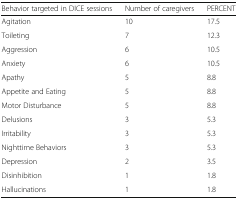
| Behavior targeted in DICE sessions | Number of caregivers | PERCENT |
 | --- | --- | --- |
 | Agitation | 10 | 17.5 |
 | Toileting | 7 | 12.3 |
 | Aggression | 6 | 10.5 |
 | Anxiety | 6 | 10.5 |
 | Apathy | 5 | 8.8 |
 | Appetite and Eating | 5 | 8.8 |
 | Motor Disturbance | 5 | 8.8 |
 | Delusions | 3 | 5.3 |
 | Irritability | 3 | 5.3 |
 | Nighttime Behaviors | 3 | 5.3 |
 | Depression | 2 | 3.5 |
 | Disinhibition | 1 | 1.8 |
 | Hallucinations | 1 | 1.8 |